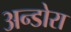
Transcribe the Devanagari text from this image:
अन्डोरा